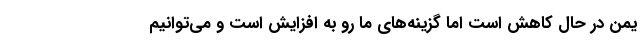
یمن در حال کاهش است اما گزینه‌های ما رو به افزایش است و می‌توانیم